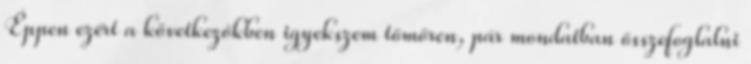
Éppen ezért a következőkben igyekszem tömören, pár mondatban összefoglalni